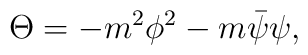
\Theta =-m^{2}\phi ^{2}-m\bar{\psi}\psi ,